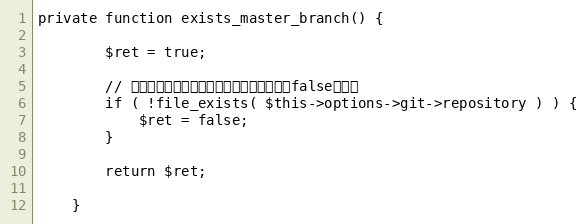
Language: PHP
private function exists_master_branch() {

		$ret = true;

		// デプロイ先のマスタブランチが無い場合はfalseを返す
		if ( !file_exists( $this->options->git->repository ) ) {
			$ret = false;
		}

		return $ret;

	}